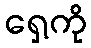
ရှေ့ကို